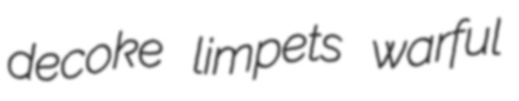
decoke limpets warful